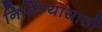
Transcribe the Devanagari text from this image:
निर्मिण्यासाठी